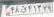
۴۸ق۴۱۳۲۹